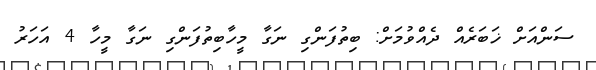
ސަންއަށް ޚަބަރެއް ދެއްވުމަށް: ބިތުފަންގި ނަގާ މީހާބިތުފަންގި ނަގާ މީހާ 4 އަހަރު